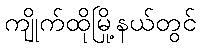
ကျိုက်ထိုမြို့နယ်တွင်